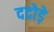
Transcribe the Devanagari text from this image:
ददोड़े